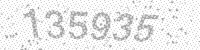
Solution: 135935